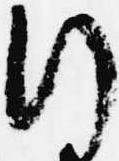
行